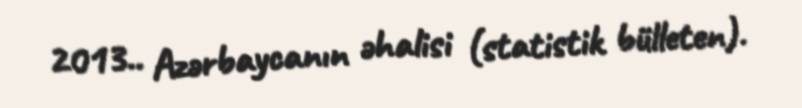
2013.. Azərbaycanın əhalisi (statistik bülleten).